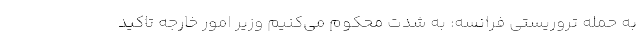
به حمله تروریستی فرانسه: به شدت محکوم ‌می‌کنیم وزیر امور خارجه تاکید